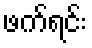
ဖက်ရင်း